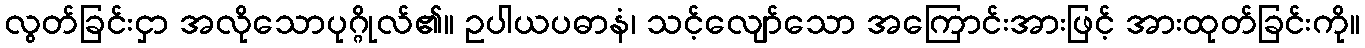
လွတ်ခြင်းငှာ အလိုသောပုဂ္ဂိုလ်၏။ ဥပါယပဓာနံ၊ သင့်လျော်သော အကြောင်းအားဖြင့် အားထုတ်ခြင်းကို။